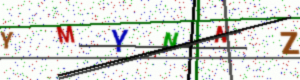
Text: YMYNNZ